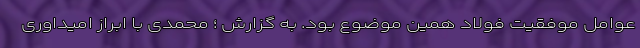
عوامل موفقیت فولاد همین موضوع بود. به گزارش ؛ محمدی با ابراز امیداوری